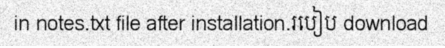
in notes.txt file after installation.របៀប download